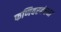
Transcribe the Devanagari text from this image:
फणिवरबंधना